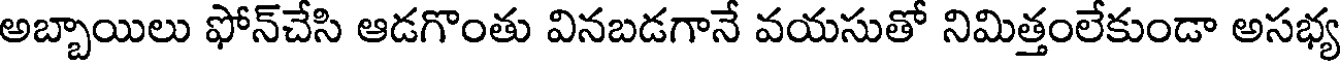
అబ్బాయిలు ఫోన్చేసి ఆడగొంతు వినబడగానే వయసుతో నిమిత్తంలేకుండా అసభ్య